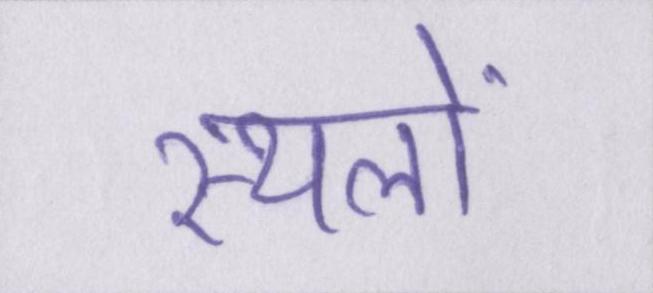
स्थलों